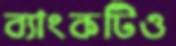
ব্যাংকটিও